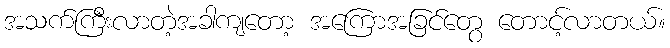
အသက်ကြီးလာတဲ့အခါကျတော့ အကြောအခြင်တွေ တောင့်လာတယ်။